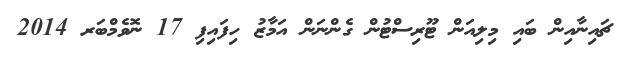
ޗައިނާއިން ބައި މިލިއަން ޓޫރިސްޓުން ގެންނަން އަމާޒު ހިފައިފި 17 ނޮވެމްބަރ 2014